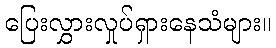
ပြေးလွှားလှုပ်ရှားနေသံများ။